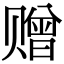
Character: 赠